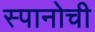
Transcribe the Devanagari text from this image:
स्पानोची